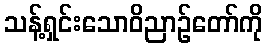
သန့်ရှင်းသောဝိညာဉ်တော်ကို